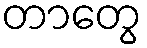
တာတွေ